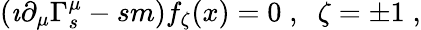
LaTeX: (\imath\partial_{\mu}\Gamma_{s}^{\mu}-sm)f_{\zeta}(x)=0\; ,\; \; \zeta=\pm 1\; ,